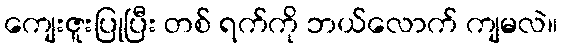
ကျေးဇူးပြုပြီး တစ် ရက်ကို ဘယ်လောက် ကျမလဲ။